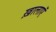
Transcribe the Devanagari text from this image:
ख़ालाएॅ